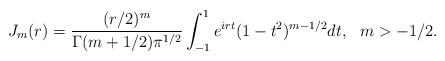
LaTeX: \begin{align*}J_m(r)=\frac{(r/2)^m}{\Gamma(m+1/2)\pi^{1/2}}\int_{-1}^1e^{irt}(1-t^2)^{m-1/2}dt, \ \ m>-1/2.\end{align*}